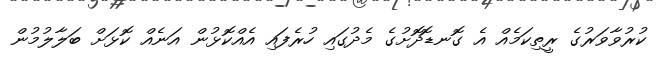
ކުރުވާވަރުގެ ރީތިކަމެއް އެ ގޮނޑޮދޮށުގެ މެދުގައި ހުރެފައި އެއްކޮޅުން އަނެއް ކޮޅަށް ބަލާލުމުން